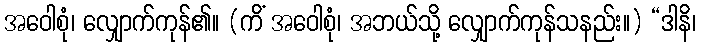
အဝေါစုံ၊ လျှောက်ကုန်၏။ (ကိံ အဝေါစုံ၊ အဘယ်သို့ လျှောက်ကုန်သနည်း။) “ဒါနိ၊